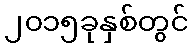
၂၀၁၅ခုနှစ်တွင်